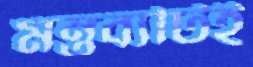
মন্তব্যটিই